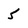
Character: 5